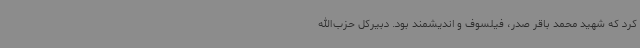
کرد که شهید محمد باقر صدر، فیلسوف و اندیشمند بود. دبیرکل حزب‌الله